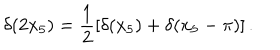
\delta ( 2 x _ { 5 } ) = \frac { 1 } { 2 } \left[ \delta ( x _ { 5 } ) + \delta ( x _ { 5 } - \pi ) \right] .